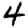
Digit: 4